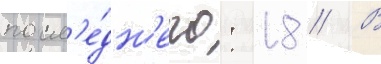
посл'е́дн'его: 18 // В